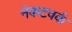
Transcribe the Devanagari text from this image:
नेकटवर्क